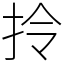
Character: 拎